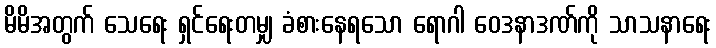
မိမိအတွက် သေရေး ရှင်ရေးတမျှ ခံစားနေရသော ရောဂါ ဝေဒနာဒဏ်ကို သာသနာရေး